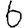
Digit: 6